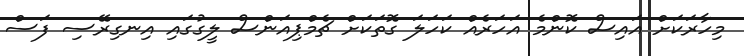
މިހާރަކަށް އައިސް ކޮންމެ އަހަރެއް ކަހަލަ ގޮތަކަށް ޗެމްޕިއަންސް ލީގުގައި އިނގިރޭސި ފަސް